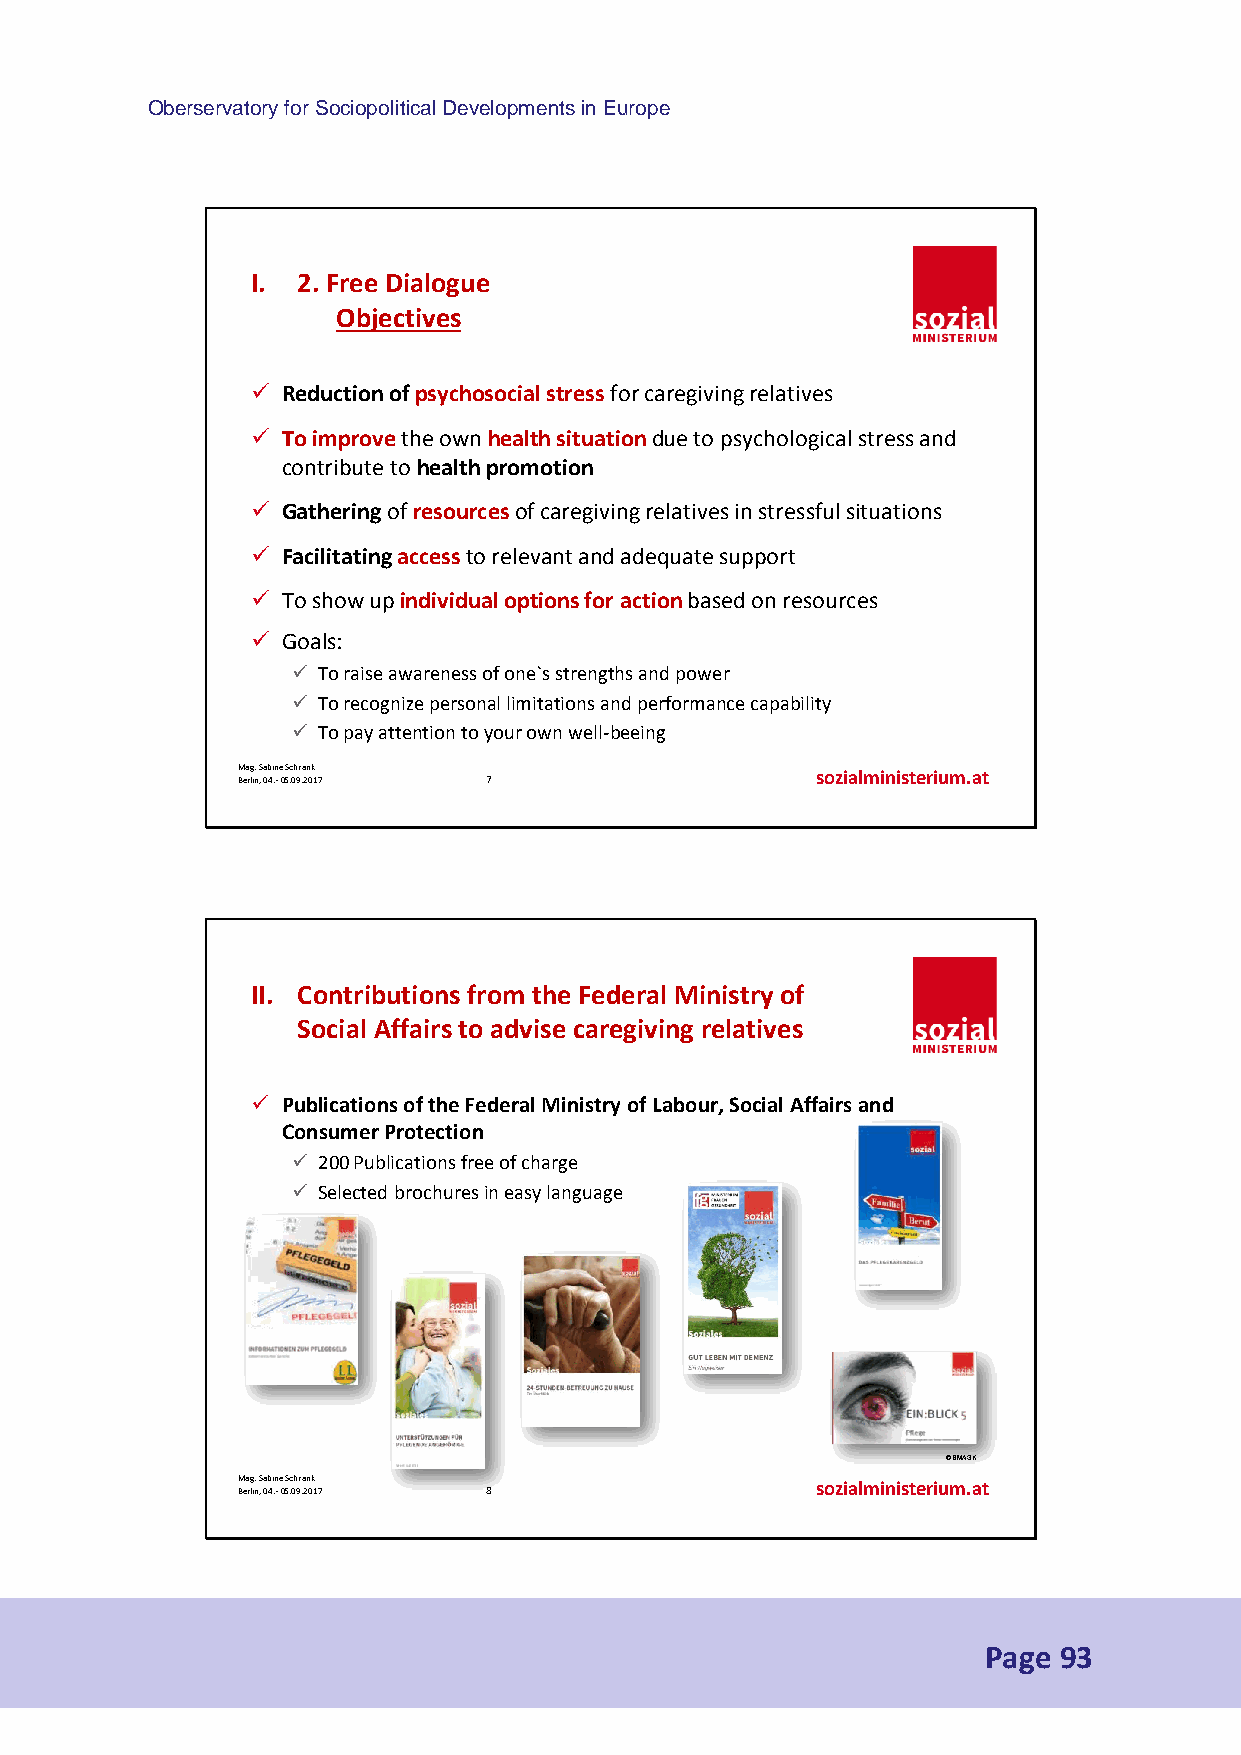
Oberservatory for Sociopolitical Developments in Europe
 I. 2. Free Dialogue
 Objectives
  Reduction of psychosocial stress for caregiving relatives
  To improvethe own health situation due to psychological stress and
 contribute to health promotion
  Gathering of resourcesof caregiving relatives in stressful situations
  Facilitatingaccessto relevant and adequate support
  To show up individual options for action based on resources
  Goals:
  To raise awareness of one`s strengths and power
  To recognize personal limitations and performance capability
  To pay attention to your own well-beeing
 M Bea rg li. n S , a 0b 4i .n -e 0 5Sc .0h 9r .a 2n 0k 17 7 sozialministerium.at
 II. Contributions from the Federal Ministry of
 Social Affairsto advise caregiving relatives
  Publications of the Federal Ministry of Labour, Social Affairs and
 Consumer Protection
  200 Publications free of charge
  Selected brochures in easy language
 © BMASK
 M Bea rg li. n S , a 0b 4i .n -e 0 5Sc .0h 9r .a 2n 0k 17 8 sozialministerium.at
 Page 93